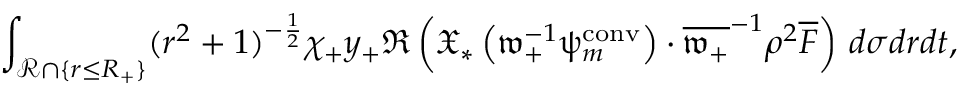
\int _ { \mathcal { R } \cap \{ r \leq R _ { + } \} } ( r ^ { 2 } + 1 ) ^ { - \frac { 1 } { 2 } } \chi _ { + } y _ { + } \Re \left( { \mathfrak { X } } _ { * } \left( \mathfrak { w } _ { + } ^ { - 1 } \uppsi _ { m } ^ { \mathrm { c o n v } } \right) \cdot \overline { { \mathfrak { w } _ { + } } } ^ { - 1 } \rho ^ { 2 } \overline { { F } } \right) \, d \sigma d r d t ,